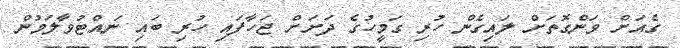
ގެއަށް ވަންގޮތަށް ލައިގެން ހުރި ގަމީހުގެ ދަށަށް ޖަހާފައި ހުރި ބައި ނައްޓުވާލަމުން